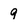
Character: 9